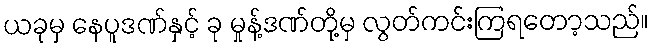
ယခုမှ နေပူဒဏ်နှင့် ခု မှုန့်ဒဏ်တို့မှ လွတ်ကင်းကြရတော့သည်။